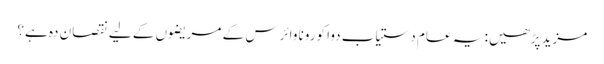
مزید پڑھیں: یہ عام دستیاب دوا کورونا وائرس کے مریضوں کے لیے نقصان دہ ہے؟